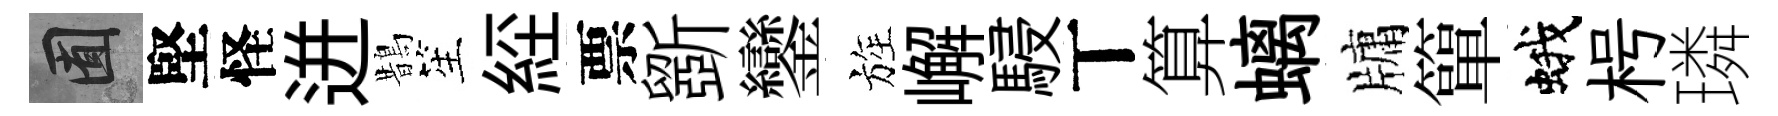
囿堅怪迸鵲笙𦀇票斵鑾旌嶰駸丅算螭牗簞蛾枵璘